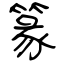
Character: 篆